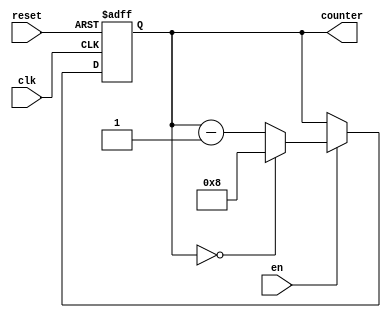
module timing_control(
    input wire clk,
    input wire en,
    input wire reset,
    output reg [7:0] counter
);

parameter N = 8; // This can be changed to any desired value

always @(posedge clk or posedge reset) begin
    if (reset) begin
        counter <= N;
    end else begin
        if (en) begin
            if (counter == 0) begin
                counter <= N;
            end else begin
                counter <= counter - 1;
            end
        end
    end
end

endmodule